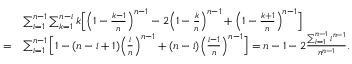
\begin{array} { r l } & { \sum _ { i = 1 } ^ { n - 1 } \sum _ { k = 1 } ^ { n - i } k \Big [ \Big ( 1 - \frac { k - 1 } { n } \Big ) ^ { n - 1 } - 2 \Big ( 1 - \frac { k } { n } \Big ) ^ { n - 1 } + \Big ( 1 - \frac { k + 1 } { n } \Big ) ^ { n - 1 } \Big ] } \\ { = } & { \sum _ { i = 1 } ^ { n - 1 } \Big [ 1 - ( n - i + 1 ) \Big ( \frac { i } { n } \Big ) ^ { n - 1 } + ( n - i ) \Big ( \frac { i - 1 } { n } \Big ) ^ { n - 1 } \Big ] = n - 1 - 2 \frac { \sum _ { i = 1 } ^ { n - 1 } i ^ { n - 1 } } { n ^ { n - 1 } } . } \end{array}